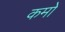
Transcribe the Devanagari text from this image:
कमों